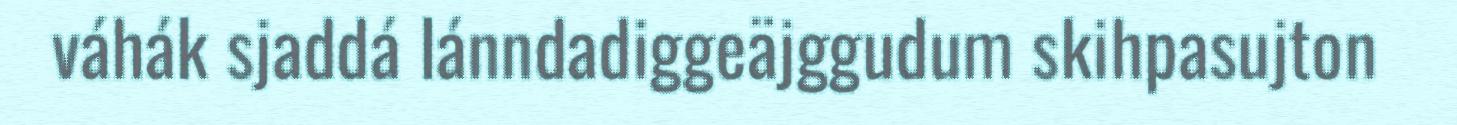
váhák sjaddá lánndadiggeäjggudum skihpasujton